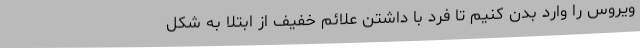
ویروس را وارد بدن کنیم تا فرد با داشتن علائم خفیف از ابتلا به شکل